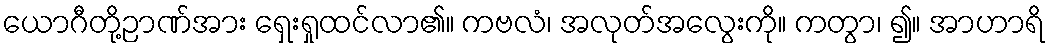
ယောဂီတို့ဉာဏ်အား ရှေးရှုထင်လာ၏။ ကဗလံ၊ အလုတ်အလွေးကို။ ကတွာ၊ ၍။ အာဟာရိ